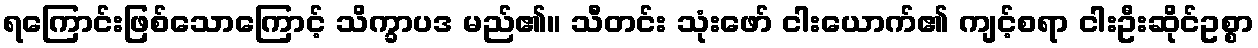
ရကြောင်းဖြစ်သောကြောင့် သိက္ခာပဒ မည်၏။ သီတင်း သုံးဖော် ငါးယောက်၏ ကျင့်စရာ ငါးဦးဆိုင်ဥစ္စာ